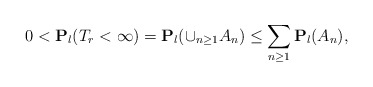
\begin{align*}0<\mathbf{P}_l(T_r<\infty)=\mathbf{P}_l(\cup_{n\geq 1}A_n)\leq \sum_{n\geq 1}\mathbf{P}_l(A_n),\end{align*}